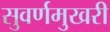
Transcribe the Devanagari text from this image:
सुवर्णमुखरी